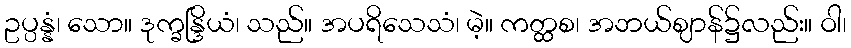
ဥပ္ပန္နံ၊ သော။ ဒုက္ခန္ဒြိယံ၊ သည်။ အပရိသေသံ၊ မဲ့။ ကတ္ထစ၊ အဘယ်ဈာန်၌လည်း။ ဝါ၊